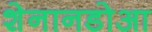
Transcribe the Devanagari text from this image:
शेनानडोआ